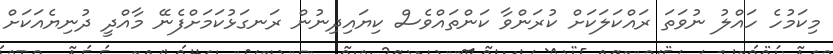
މިކަމުހެ ހައްލު ނުވަތަ ރައްކަލަކަށް ކުރަންވާ ކަންތައްވެސް ކިޔައިދިނުން ރަނގަޅުކަމަށްފެނޭ މާއްދީ ދުނިޔެއަކަށް